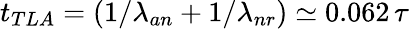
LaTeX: t_{TLA}=\left(1/\lambda_{an}+1/\lambda_{nr}\right)\simeq 0.062\, \tau